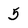
Character: 5